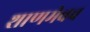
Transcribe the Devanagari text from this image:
शाणमेवच